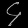
Digit: ၄